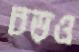
চড়ও